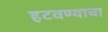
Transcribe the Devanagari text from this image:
हटवण्याचा